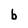
Character: b